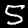
Digit: 5